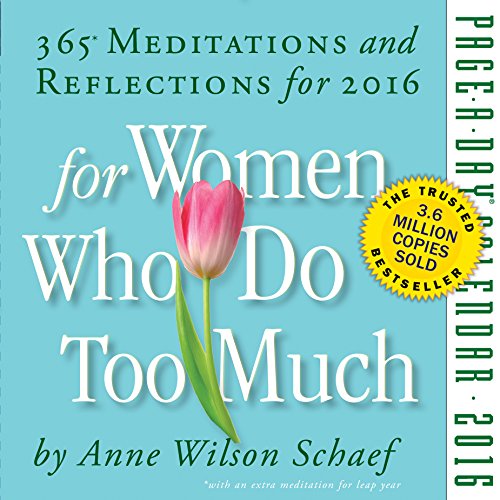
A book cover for For Women Who Do Too Much Page-A-Day Calendar 2016; Anne Wilson Schaef; Religion & Spirituality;